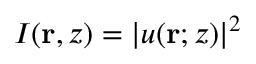
I ( \mathbf { r } , z ) = | u ( \mathbf { r } ; z ) | ^ { 2 }